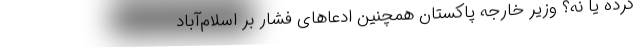
کرده یا نه؟ وزیر خارجه پاکستان همچنین ادعاهای فشار بر اسلام‌آباد